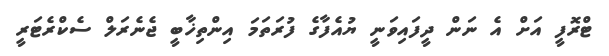
ޓްރޮފީ އަށް އެ ނަން ދީފައިވަނީ ޔުއެފާގެ ފުރަތަމަ އިންތިޚާބީ ޖެނެރަލް ސެކްރެޓަރީ